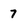
Character: 7